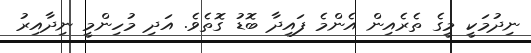
ނިދުމަކީ މީގެ ތެރެއިން އެންމެ ފައިދާ ބޮޑު ގޮތެވެ. އަދި މުހިންމީ ނިދާއިރު